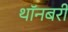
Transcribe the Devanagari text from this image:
थॉनबरी